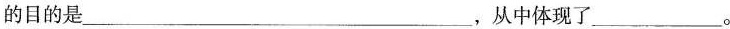
的目的是___，从中体现了___。